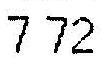
7.72